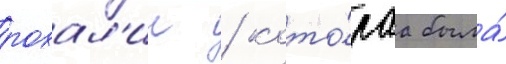
розал'ин / кото́раа была́